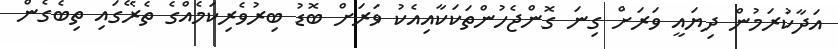
އަދާކުރަމުން ދިޔައީ ވަރަށް ގިނަ ގޮންޖެހުންތަކަކާއިއެކު ވަރަށް ބޮޑު ބިރުވެރިކަމެއްގެ ތެރޭގައި ތިބެގެން